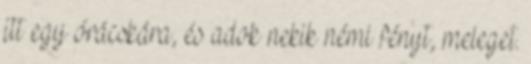
itt egy órácskára, és adok nekik némi fényt, meleget.